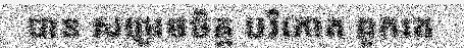
បាន សម្រេចចិត្ត បរិភោគ ពួកគេ